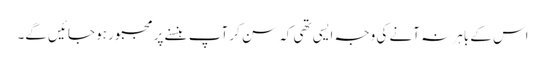
اس کے باہر نہ آنے کی وجہ ایسی تھی کہ سن کر آپ ہنسنے پر مجبور ہو جائیں گے۔